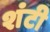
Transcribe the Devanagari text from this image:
शंटी